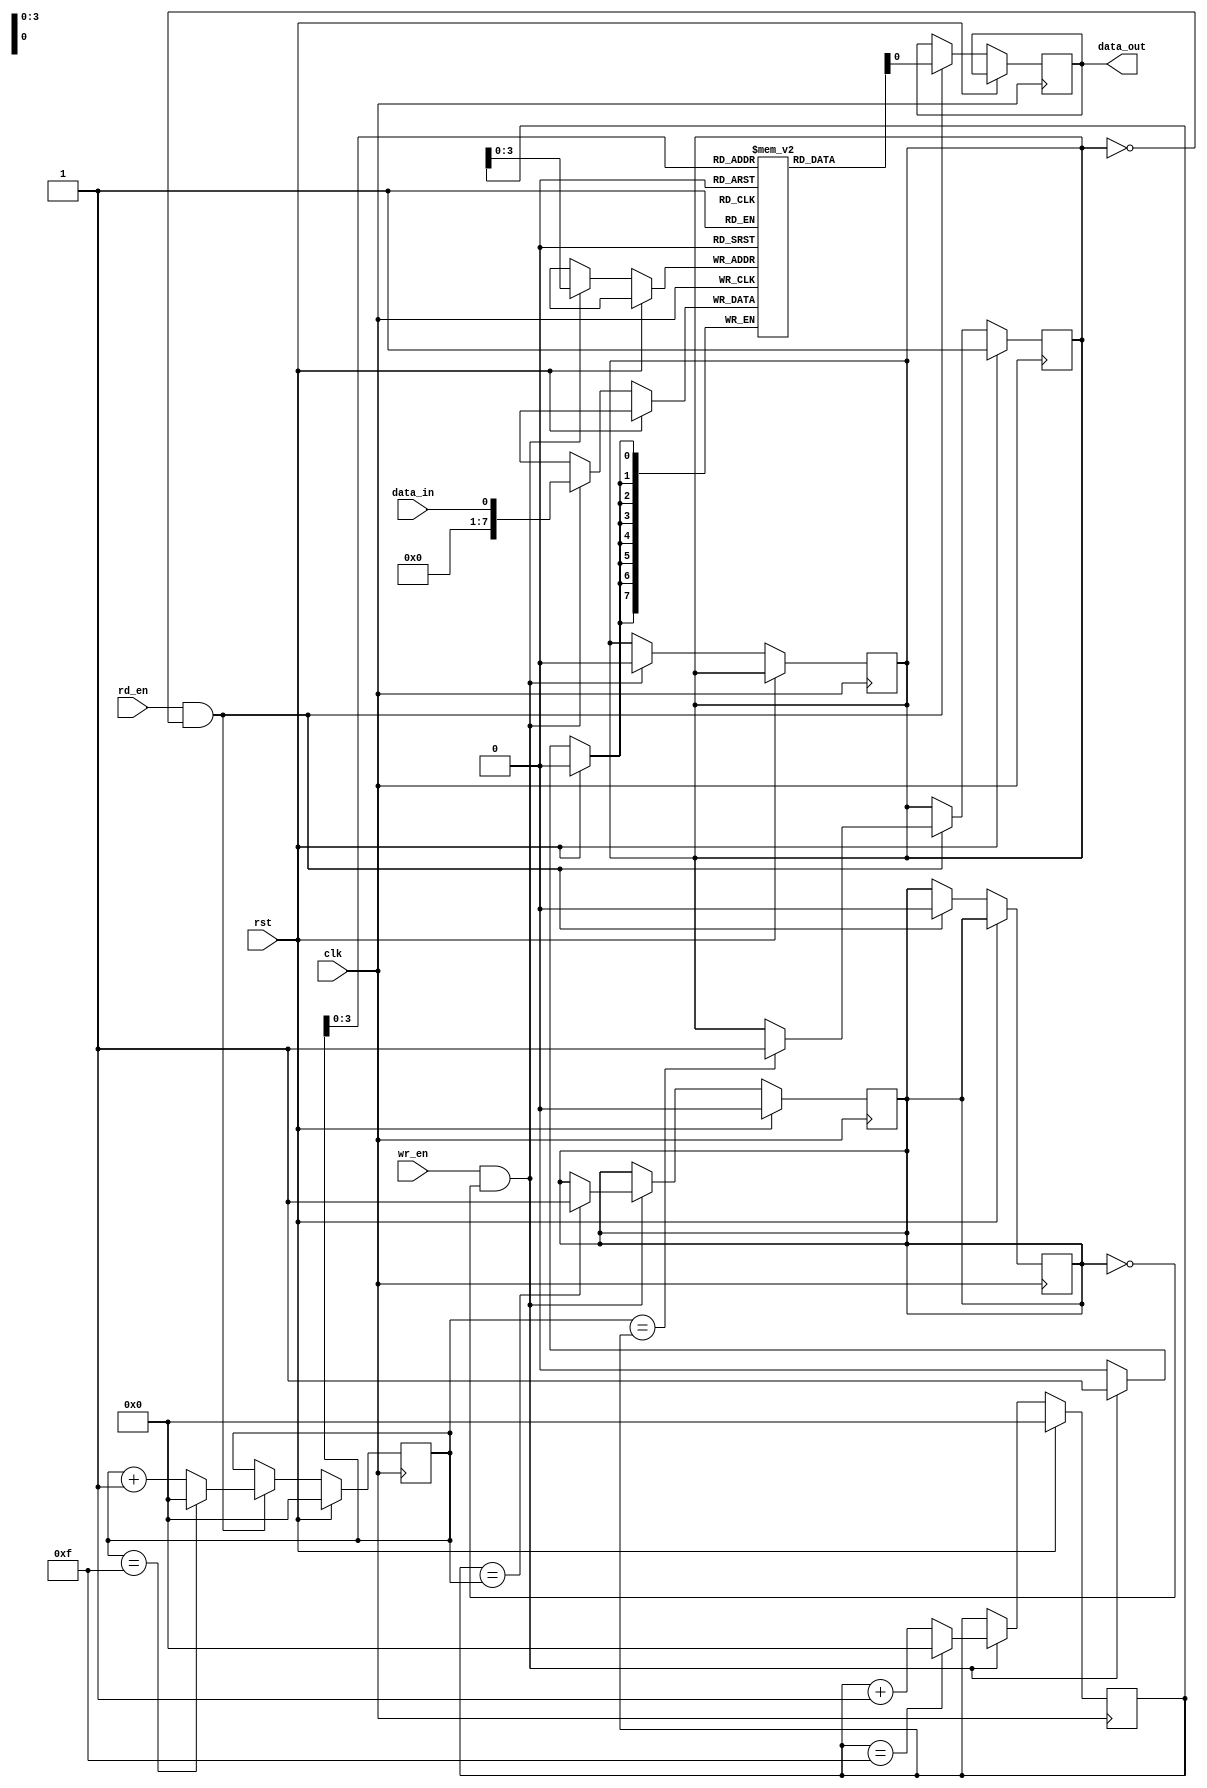
module fifo (
  input wire clk,         // Clock signal
  input wire rst,         // Reset signal
  input wire wr_en,       // Write enable signal
  input wire rd_en,       // Read enable signal
  input wire data_in,     // Input data
  output reg data_out     // Output data
);

// Parameter definitions
`define FIFO_DEPTH 16     // Depth of FIFO
`define FIFO_WIDTH 8      // Width of FIFO

// Internal signals
reg [`FIFO_DEPTH-1:0] write_pointer;
reg [`FIFO_DEPTH-1:0] read_pointer;
reg [`FIFO_WIDTH-1:0] fifo_mem [`FIFO_DEPTH-1:0];
reg full;
reg empty;

// Initialize pointers and flags
initial begin
  write_pointer <= 0;
  read_pointer <= 0;
  full <= 0;
  empty <= 1;
end

// Write logic
always @(posedge clk) begin
  if (rst) begin
    write_pointer <= 0;
    full <= 0;
  end else if (wr_en && !full) begin
    fifo_mem[write_pointer] <= data_in;
    write_pointer <= write_pointer + 1;
    if (write_pointer == `FIFO_DEPTH-1)
      write_pointer <= 0;
    if (write_pointer == read_pointer)
      full <= 1;
    empty <= 0;
  end
end

// Read logic
always @(posedge clk) begin
  if (rst) begin
    read_pointer <= 0;
    empty <= 1;
  end else if (rd_en && !empty) begin
    data_out <= fifo_mem[read_pointer];
    read_pointer <= read_pointer + 1;
    if (read_pointer == `FIFO_DEPTH-1)
      read_pointer <= 0;
    if (read_pointer == write_pointer)
      empty <= 1;
    full <= 0;
  end
end

endmodule